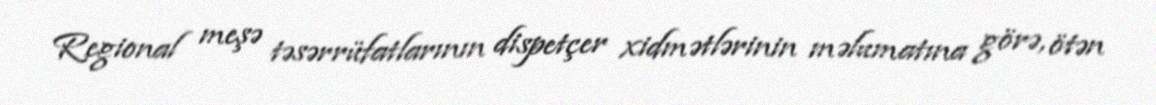
Regional meşə təsərrüfatlarının dispetçer xidmətlərinin məlumatına görə, ötən